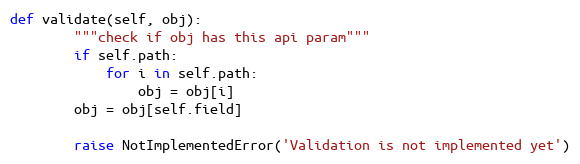
Language: Python
def validate(self, obj):
        """check if obj has this api param"""
        if self.path:
            for i in self.path:
                obj = obj[i]
        obj = obj[self.field]

        raise NotImplementedError('Validation is not implemented yet')